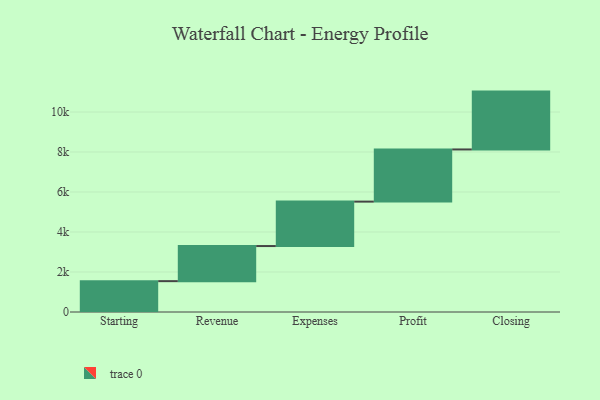
{"axis": {"x": "Step", "y": "Value"}, "legend": [""], "data": [{"x": "Starting", "y": 1543.0, "type": ""}, {"x": "Revenue", "y": 1755.0, "type": ""}, {"x": "Expenses", "y": 2222.0, "type": ""}, {"x": "Profit", "y": 2609.0, "type": ""}, {"x": "Closing", "y": 2893.0, "type": ""}]}